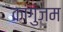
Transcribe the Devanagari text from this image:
कांगुजम